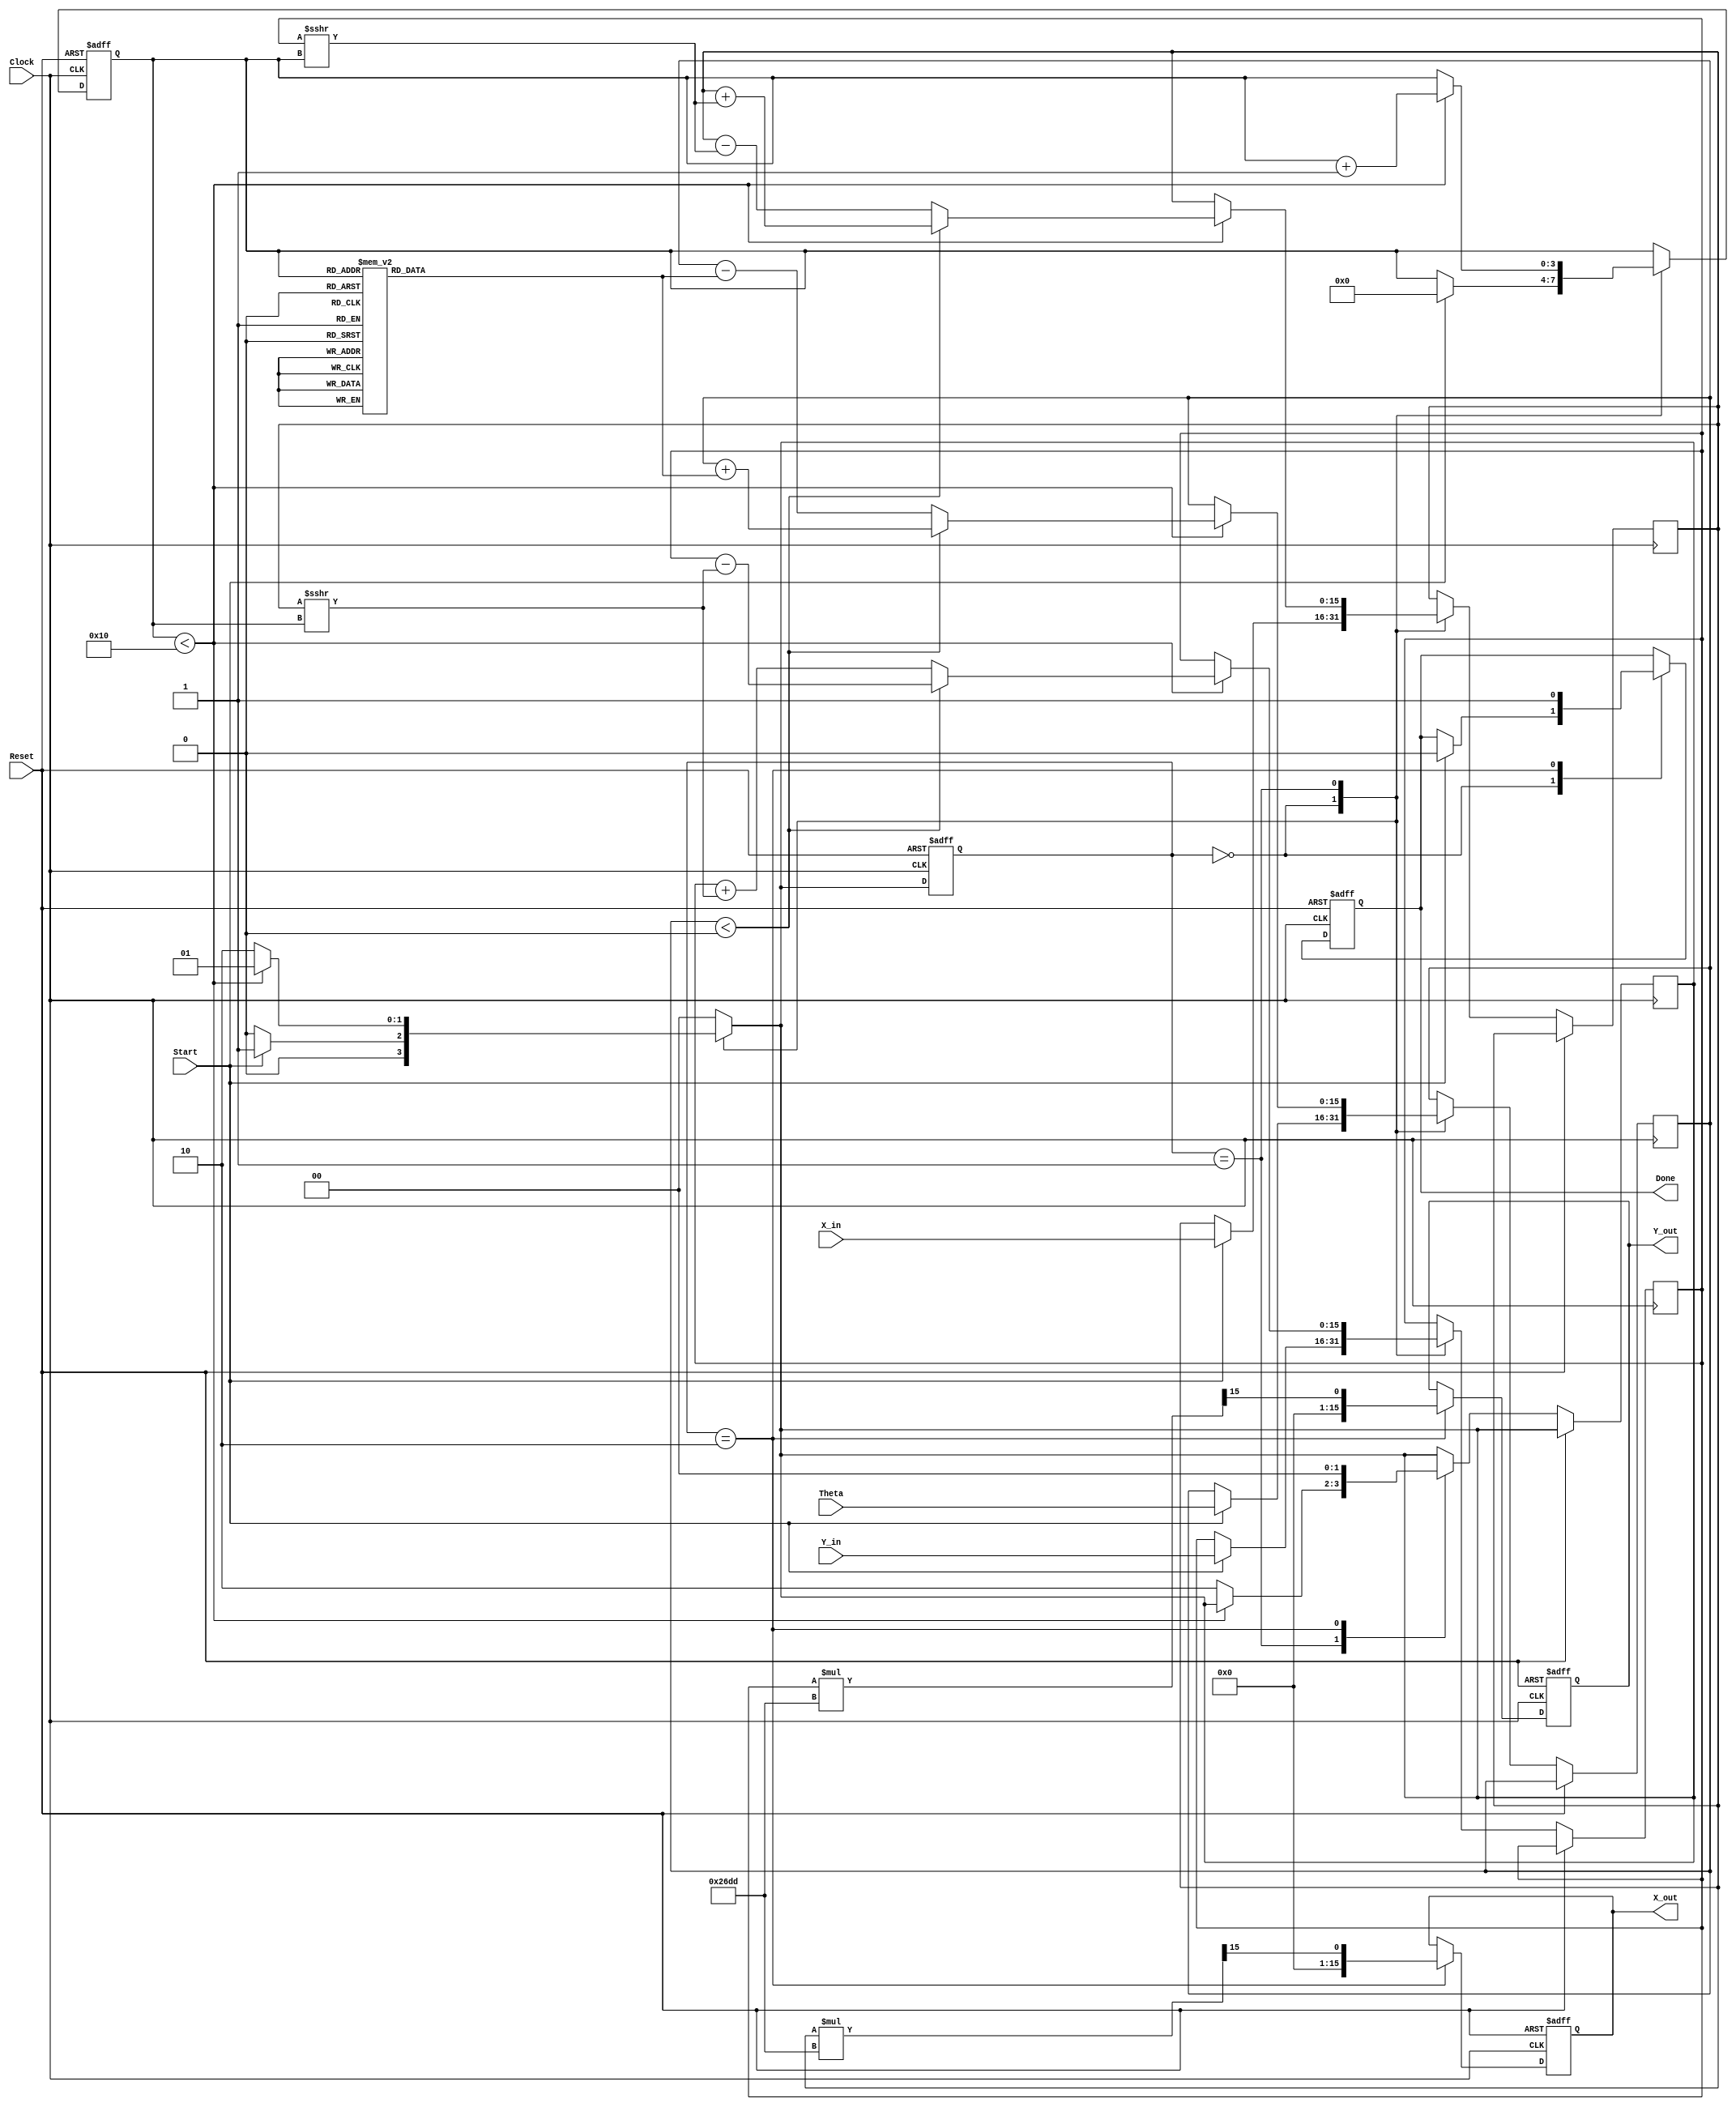
module complex_cordic (
    input wire signed [15:0] X_in,      // Real part of the input vector
    input wire signed [15:0] Y_in,      // Imaginary part of the input vector
    input wire signed [15:0] Theta,     // Angle of rotation
    input wire Start,                   // Control signal to start operation
    input wire Reset,                   // Asynchronous reset
    input wire Clock,                   // Clock signal
    output reg signed [15:0] X_out,     // Real part of the output vector
    output reg signed [15:0] Y_out,     // Imaginary part of the output vector
    output reg Done                     // Signal indicating completion
);

    // Parameters
    parameter NUM_ITERATIONS = 16;      // Number of iterations for CORDIC
    parameter SCALING_FACTOR = 16'h26DD; // Precomputed scaling factor (approx. 0.607)

    // Internal signals
    reg signed [15:0] x, y;             // Internal vector components
    reg signed [15:0] theta;             // Current angle
    reg [3:0] iteration;                 // Iteration counter
    reg [1:0] state;                     // State machine
    reg [1:0] next_state;                // Next state for state machine

    // Angle lookup table for CORDIC
    reg signed [15:0] angle_table [0:NUM_ITERATIONS-1];
    initial begin
        angle_table[0] = 16'h26DD; // atan(2^-0)
        angle_table[1] = 16'h1DAC; // atan(2^-1)
        angle_table[2] = 16'h0FAD; // atan(2^-2)
        angle_table[3] = 16'h07A1; // atan(2^-3)
        angle_table[4] = 16'h03D7; // atan(2^-4)
        angle_table[5] = 16'h01FB; // atan(2^-5)
        angle_table[6] = 16'h00FF; // atan(2^-6)
        angle_table[7] = 16'h007F; // atan(2^-7)
        angle_table[8] = 16'h003F; // atan(2^-8)
        angle_table[9] = 16'h001F; // atan(2^-9)
        angle_table[10] = 16'h000F; // atan(2^-10)
        angle_table[11] = 16'h0007; // atan(2^-11)
        angle_table[12] = 16'h0003; // atan(2^-12)
        angle_table[13] = 16'h0001; // atan(2^-13)
        angle_table[14] = 16'h0000; // atan(2^-14)
        angle_table[15] = 16'h0000; // atan(2^-15)
    end

    // State machine
    localparam IDLE = 2'b00, RUN = 2'b01, DONE = 2'b10;

    always @(posedge Clock or posedge Reset) begin
        if (Reset) begin
            state <= IDLE;
            Done <= 0;
            iteration <= 0;
            X_out <= 0;
            Y_out <= 0;
        end else begin
            state <= next_state;
            case (state)
                IDLE: begin
                    if (Start) begin
                        x <= X_in;
                        y <= Y_in;
                        theta <= Theta;
                        iteration <= 0;
                        Done <= 0;
                    end
                end
                RUN: begin
                    if (iteration < NUM_ITERATIONS) begin
                        if (theta < 0) begin
                            x <= x + (y >>> iteration);
                            y <= y - (x >>> iteration);
                            theta <= theta + angle_table[iteration];
                        end else begin
                            x <= x - (y >>> iteration);
                            y <= y + (x >>> iteration);
                            theta <= theta - angle_table[iteration];
                        end
                        iteration <= iteration + 1;
                    end else begin
                        next_state <= DONE;
                    end
                end
                DONE: begin
                    X_out <= x * SCALING_FACTOR >>> 15; // Scale output
                    Y_out <= y * SCALING_FACTOR >>> 15; // Scale output
                    Done <= 1;
                    next_state <= IDLE; // Go back to IDLE
                end
            endcase
        end
    end

    always @(*) begin
        case (state)
            IDLE: next_state = Start ? RUN : IDLE;
            RUN: next_state = (iteration < NUM_ITERATIONS) ? RUN : DONE;
            DONE: next_state = IDLE;
            default: next_state = IDLE;
        endcase
    end

endmodule